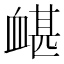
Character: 𧗀